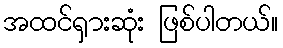
အထင်ရှားဆုံး ဖြစ်ပါတယ်။